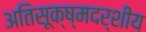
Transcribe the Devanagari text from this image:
अतिसूक्ष्मदर्शीय